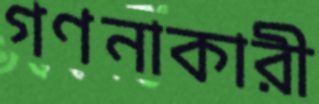
গণনাকারী